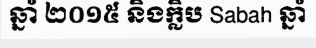
ឆ្នាំ ២០១៥ និងក្លិប Sabah ឆ្នាំ